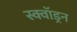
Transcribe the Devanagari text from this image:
स्क्वाॅड्रन